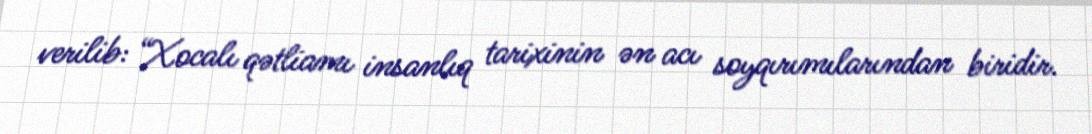
verilib: “Xocalı qətliamı insanlıq tarixinin ən acı soyqırımılarından biridir.